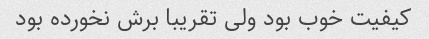
کیفیت خوب بود ولی تقریبا برش نخورده بود